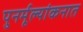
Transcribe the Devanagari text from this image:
पुनर्मूल्यांकनात